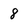
Character: 8